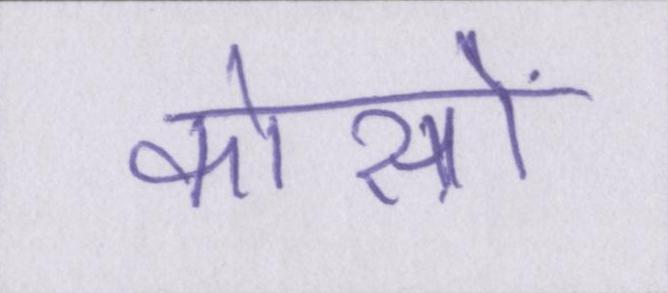
कोसों